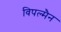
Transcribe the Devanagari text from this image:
विपल्मैन